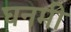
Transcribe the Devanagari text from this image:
घनमी